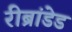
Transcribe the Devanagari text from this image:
रीब्रांडेड